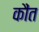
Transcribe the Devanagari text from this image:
कौंत